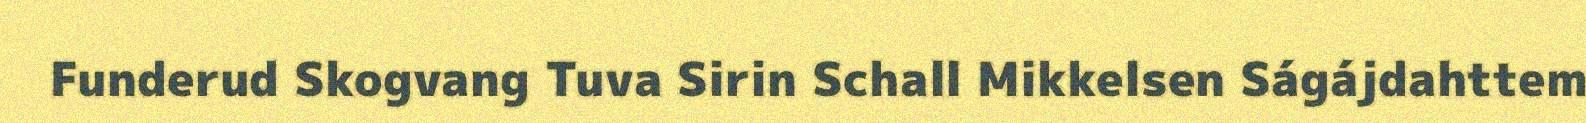
Funderud Skogvang Tuva Sirin Schall Mikkelsen Ságájdahttem